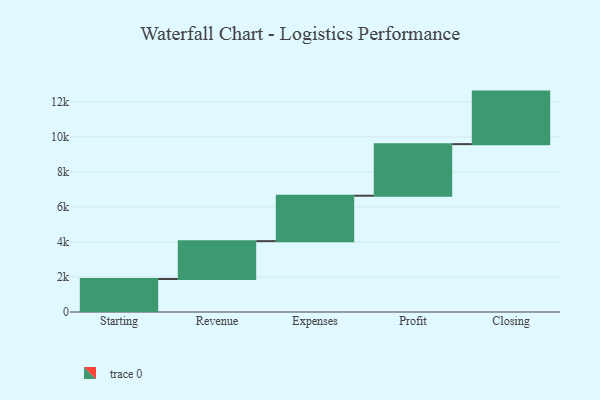
{"axis": {"x": "Step", "y": "Value"}, "legend": [""], "data": [{"x": "Starting", "y": 1885.0, "type": ""}, {"x": "Revenue", "y": 2162.0, "type": ""}, {"x": "Expenses", "y": 2594.0, "type": ""}, {"x": "Profit", "y": 2946.0, "type": ""}, {"x": "Closing", "y": 3000, "type": ""}]}